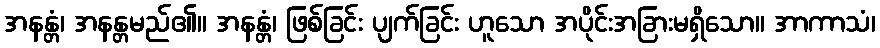
အနန္တံ၊ အနန္တမည်၏။ အနန္တံ၊ ဖြစ်ခြင်း ပျက်ခြင်း ဟူသော အပိုင်းအခြားမရှိသော။ အာကာသံ၊